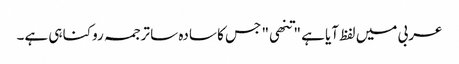
عربی میں لفظ آیا ہے "تنھی" جس کا سادہ سا ترجمہ روکنا ہی ہے۔